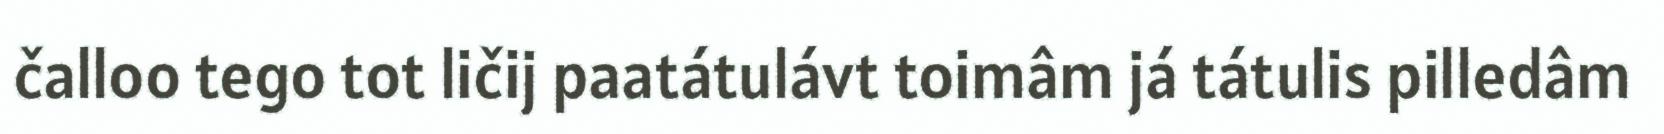
čalloo tego tot ličij paatátulávt toimâm já tátulis pilledâm